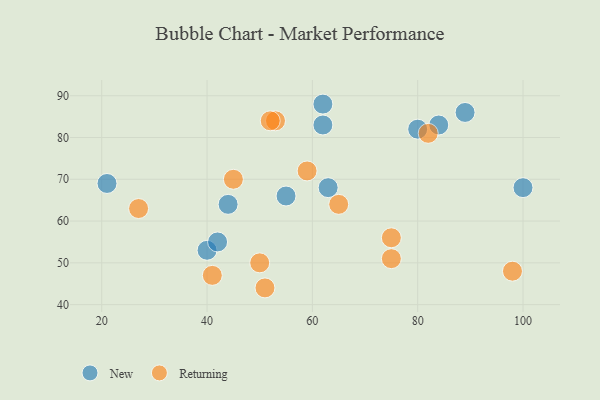
{"axis": {"x": "GDP", "y": "Life Expectancy"}, "legend": ["New", "Returning"], "data": [{"x": "80", "y": 82, "type": "New"}, {"x": "40", "y": 53, "type": "New"}, {"x": "44", "y": 64, "type": "New"}, {"x": "62", "y": 88, "type": "New"}, {"x": "84", "y": 83, "type": "New"}, {"x": "100", "y": 68, "type": "New"}, {"x": "63", "y": 68, "type": "New"}, {"x": "55", "y": 66, "type": "New"}, {"x": "21", "y": 69, "type": "New"}, {"x": "89", "y": 86, "type": "New"}, {"x": "62", "y": 83, "type": "New"}, {"x": "42", "y": 55, "type": "New"}, {"x": "45", "y": 70, "type": "Returning"}, {"x": "59", "y": 72, "type": "Returning"}, {"x": "98", "y": 48, "type": "Returning"}, {"x": "27", "y": 63, "type": "Returning"}, {"x": "53", "y": 84, "type": "Returning"}, {"x": "75", "y": 56, "type": "Returning"}, {"x": "75", "y": 51, "type": "Returning"}, {"x": "82", "y": 81, "type": "Returning"}, {"x": "65", "y": 64, "type": "Returning"}, {"x": "41", "y": 47, "type": "Returning"}, {"x": "50", "y": 50, "type": "Returning"}, {"x": "51", "y": 44, "type": "Returning"}, {"x": "52", "y": 84, "type": "Returning"}]}